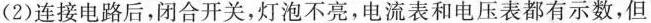
(2)连接电路后，闭合开关，灯泡不亮，电流表和电压表都有示数，但